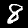
Label: 8